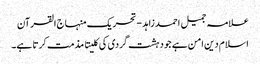
علامہ جمیل احمد زاہد - تحریک منہاج القرآن
اسلام دین امن ہے جو دہشت گردی کی کلیتا مذمت کرتا ہے۔